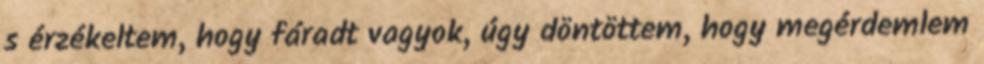
s érzékeltem, hogy fáradt vagyok, úgy döntöttem, hogy megérdemlem